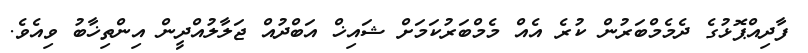
ފާދިއްޕޮޅުގެ ދެމެމްބަރުން ކުރެ އެއް މެމްބަރުކަމަށް ޝައިޚް އަބްދުއް ޖަލާލުއްދީން އިންތިޚާބު ވިއެވެ.